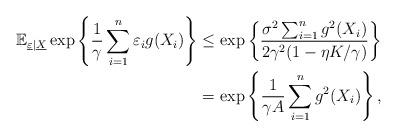
LaTeX: \begin{align*}\mathbb{E}_{\underline{\varepsilon}|\underline{X}}\exp\left\{\frac{1}{\gamma}\sum_{i=1}^n\varepsilon_ig(X_i)\right\} & \leq \exp\left\{\frac{\sigma^2\sum_{i=1}^ng^2(X_i)}{2\gamma^2(1-\eta K/\gamma)}\right\} \\ & = \exp\left\{\frac{1}{\gamma A}\sum_{i=1}^ng^2(X_i)\right\},\end{align*}